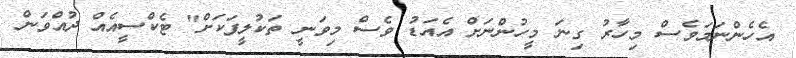
އެހެންނަމަވެސް މިހާރު ގިނަ މީހުންނަށް އެއަޑު ވެސް މިވަނީ ތަކުލީފަކަށް" ޓެކްސީއެއް ދުއްވަން